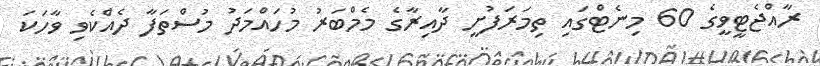
ރާއްޖެޓީވީގެ 60 މިނެޓްގައި ތިމަރަފުށީ ދާއިރާގެ މެމްބަރު މުހައްމަދު މުސްތަފާ ދެއްކެވި ވާހަކަ